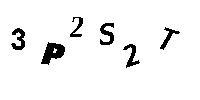
3P2S2T